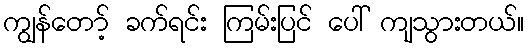
ကျွန်တော့် ခက်ရင်း ကြမ်းပြင် ပေါ် ကျသွားတယ်။